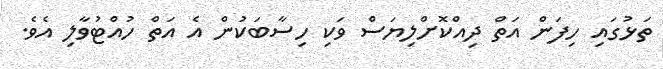
ތަޅުގައި ހިފަން އަތް ދިއްކޮށްލިޔަސް ވަކި ހިސާބަކުން އެ އަތް ހުއްޓުވާލި އެވެ.